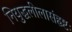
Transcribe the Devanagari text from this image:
नियुद्धलीलासंहृष्टः